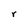
Character: r